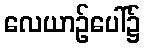
လေယာဉ်ပေါ်၌